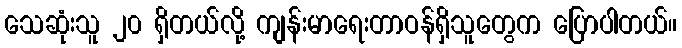
သေဆုံးသူ ၂၀ ရှိတယ်လို့ ကျန်းမာရေးတာဝန်ရှိသူတွေက ပြောပါတယ်။